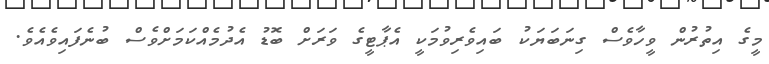
މީގެ އިތުރުން ވީހާވެސް ގިނަބަޔަކު ބައިވެރިވުމަކީ އެޕާޓީގެ ވަރަށް ބޮޑު އެދުމެއްކަމަށްވެސް ބުނެފައިވެއެވެ.